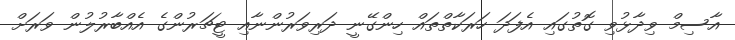
އާސިމް ވިދާޅުވި ގޮތުގައި އެފަދަ ހަރަކާތްތައް ހިންގޭނީ ދަރިވަރުންނާއި ޓީޗަރުންގެ އެއްބާރުލުން ވަރަށް